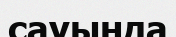
сауында